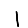
Digit: 1